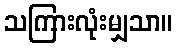
သကြားလုံးမျှသာ။